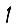
Digit: 1